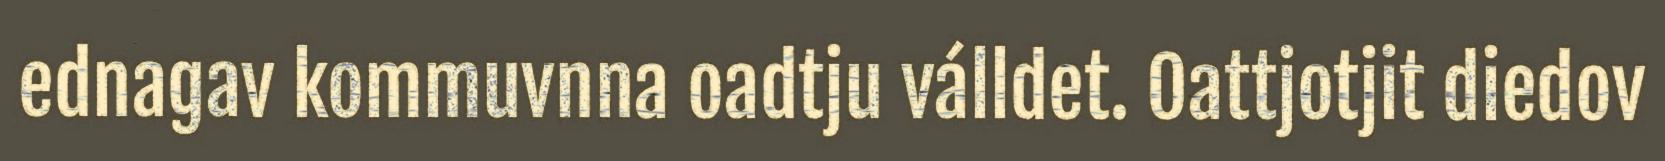
ednagav kommuvnna oadtju válldet. Oattjotjit diedov